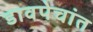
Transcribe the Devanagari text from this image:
डावपेचांत